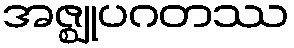
အဇ္ဈုပဂတဿ